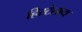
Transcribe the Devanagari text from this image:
हिस्टेलाय